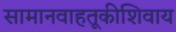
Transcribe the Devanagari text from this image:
सामानवाहतूकीशिवाय